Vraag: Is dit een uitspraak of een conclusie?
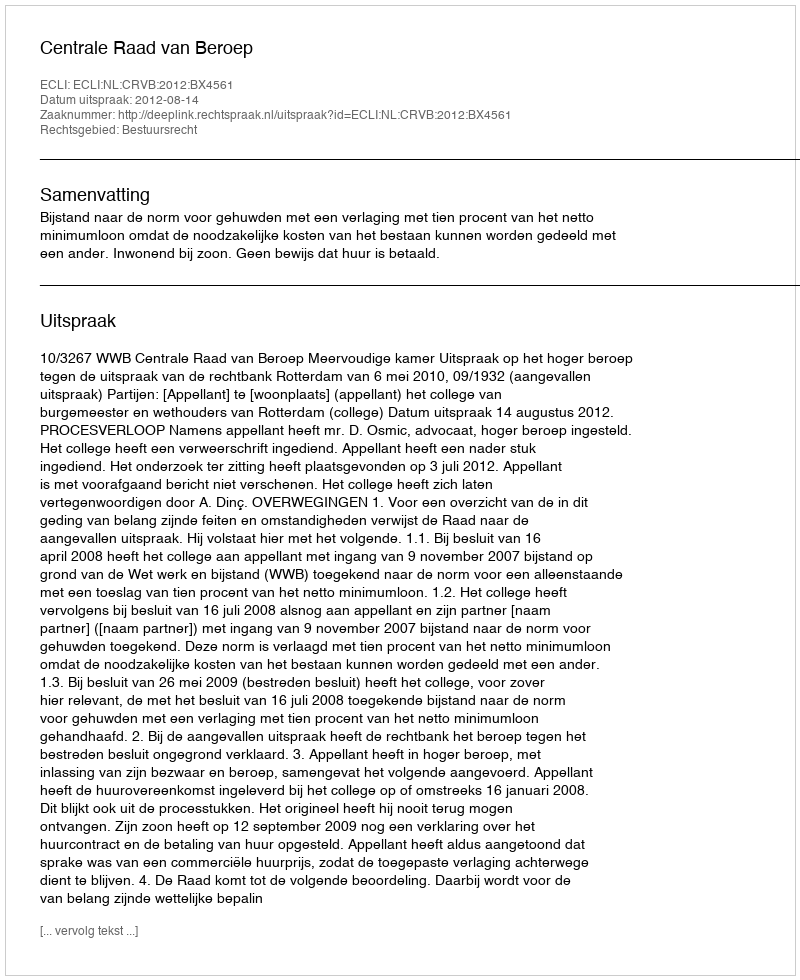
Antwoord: Uitspraak